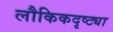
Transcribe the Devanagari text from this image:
लौकिकदृष्ट्या